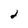
Character: 2